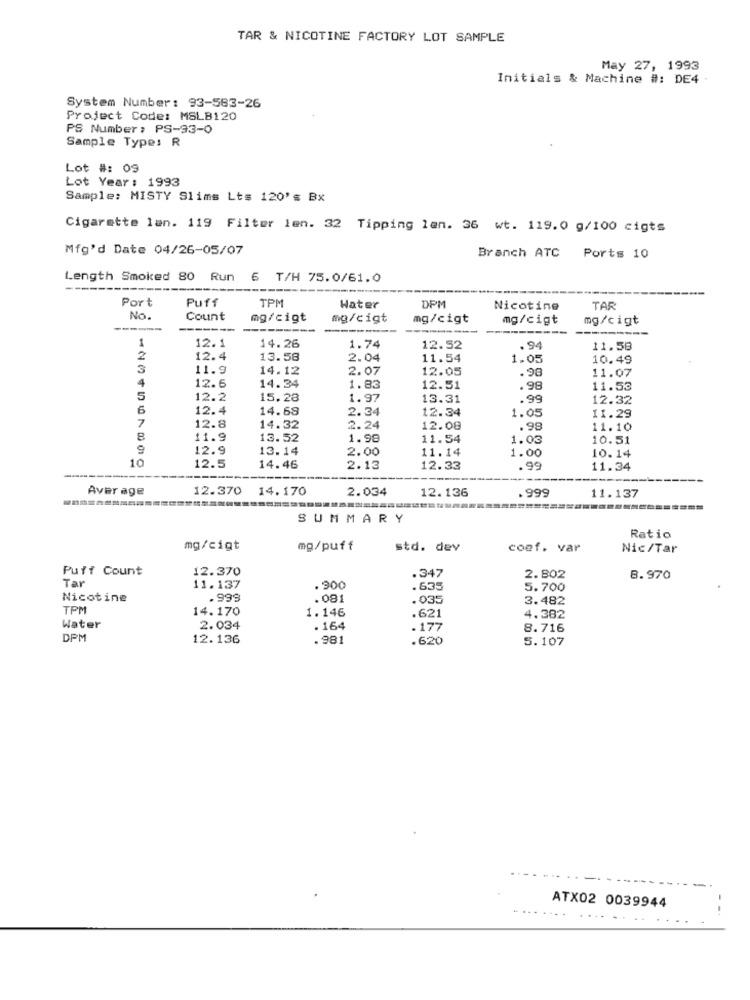
TAR & NICOTINE FACTORY LOT SAMPLE
May 27, 1993
Initials & Machine #: DE4 .
System Number: 93-583-26
Project Code: MSLB120
PS Number: PS-93-0
Sample Type: R
Lot #: 09
Lot Year: 1993
Sample: MISTY Slims Lts 120's Bx
Cigarette lan. 119 Filter len. 32 Tipping len. 36 wt. 119.0 g/100 cigts
Mfg'd Date 04/26-05/07
Branch ATC Ports 10
Length Smoked 80 Run 6 T/H 75.0/61.0
Port
Puff
TPM
Water
DPM
Nicotine
TAR
No.
Count
mg/cigt
mg/cigt
mg/cigt
mg/cigt
mg/cigt
----
1
12.1
14.26
1.74
12.52
.94
11.58
2
12.4
13.58
2.04
11.54
1.05
10.49
11.9
14.12
2.07
12.05
.98
11.07
4
12.6
14.34
1.83
12.51
.98
11.53
5
12.2
15.23
1.97
13.31
.99
12.32
6
12.4
14.69
2.34
12.34
1.05
7
11.29
12.8
14.32
2.24
12.08
.98
11.10
8
11.9
13.52
1.98
11.54
1.03
10.51
9
12.9
13.14
2.00
11.14
1.00
10
10.14
12.5
14.46
2.13
12.33
.99
11.34
Aver age
12.370
14.170
2.034
12.136
.999
11.137
SUMMARY
Ratio
mg/cigt
mg/puff
std. dev
coef. var
Nic/Tar
Puff Count
12.370
Tar
.347
2.802
8.970
11.137
.900
.635
5.700
Nicotine
.999
.08
.035
3.482
TPM
14.170
1.146
.621
4.382
Water
2.034
. 164
. 177
8.716
DPM
12.136
.981
.620
5.107
ATX02 0039944